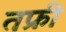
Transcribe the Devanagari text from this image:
तफ्री